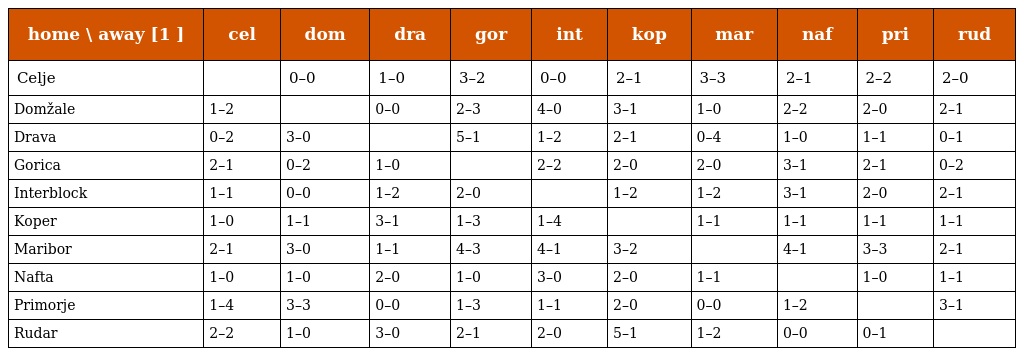
| home \ away [1 ] | cel | dom | dra | gor | int | kop | mar | naf | pri | rud |
 | --- | --- | --- | --- | --- | --- | --- | --- | --- | --- | --- |
 | Celje |  | 0–0 | 1–0 | 3–2 | 0–0 | 2–1 | 3–3 | 2–1 | 2–2 | 2–0 |
 | Domžale | 1–2 |  | 0–0 | 2–3 | 4–0 | 3–1 | 1–0 | 2–2 | 2–0 | 2–1 |
 | Drava | 0–2 | 3–0 |  | 5–1 | 1–2 | 2–1 | 0–4 | 1–0 | 1–1 | 0–1 |
 | Gorica | 2–1 | 0–2 | 1–0 |  | 2–2 | 2–0 | 2–0 | 3–1 | 2–1 | 0–2 |
 | Interblock | 1–1 | 0–0 | 1–2 | 2–0 |  | 1–2 | 1–2 | 3–1 | 2–0 | 2–1 |
 | Koper | 1–0 | 1–1 | 3–1 | 1–3 | 1–4 |  | 1–1 | 1–1 | 1–1 | 1–1 |
 | Maribor | 2–1 | 3–0 | 1–1 | 4–3 | 4–1 | 3–2 |  | 4–1 | 3–3 | 2–1 |
 | Nafta | 1–0 | 1–0 | 2–0 | 1–0 | 3–0 | 2–0 | 1–1 |  | 1–0 | 1–1 |
 | Primorje | 1–4 | 3–3 | 0–0 | 1–3 | 1–1 | 2–0 | 0–0 | 1–2 |  | 3–1 |
 | Rudar | 2–2 | 1–0 | 3–0 | 2–1 | 2–0 | 5–1 | 1–2 | 0–0 | 0–1 |  |